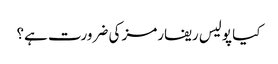
کیا پولیس ریفارمز کی ضرورت ہے؟